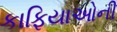
કાફિયાઓની